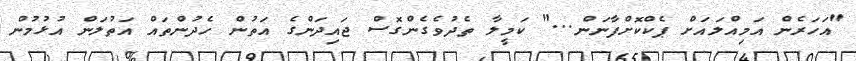
"އަހަރެން އަމިއްލައަށް ޕެކްކޮށްފާނަން..." ކަމީލާ ތެދުވެގެންގޮސް ޖައިދަންގެ އަތުން ހެދުންތައް އަތުލަން އުޅުމުން